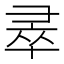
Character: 𭛐